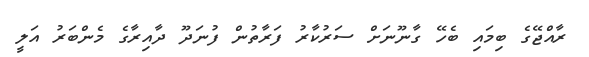
ރާއްޖޭގެ ބިމައި ބެހޭ ގާނޫނަށް ސަރުކާރު ފަރާތުން ފުނަދޫ ދާއިރާގެ މެންބަރު އަލީ